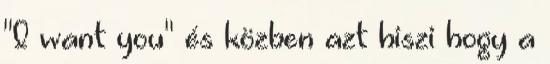
"I want you" és közben azt hiszi hogy a